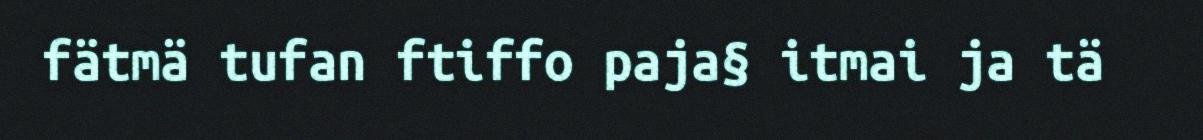
fätmä tufan ftiffo paja§ itmai ja tä